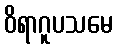
ဝိရာဂူပသမေ